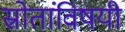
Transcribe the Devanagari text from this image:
स्रोतांविषयी